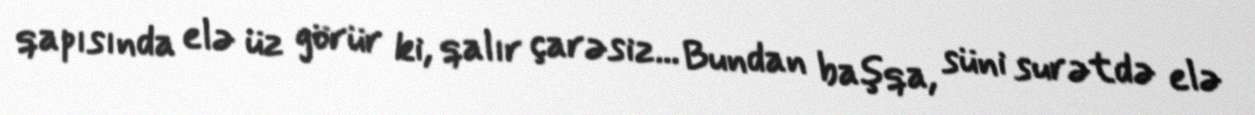
qapısında elə üz görür ki, qalır çarəsiz... Bundan başqa, süni surətdə elə